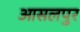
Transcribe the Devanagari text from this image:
आसलपुर